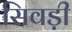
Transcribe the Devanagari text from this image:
सिवड़ी